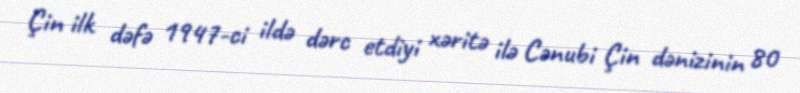
Çin ilk dəfə 1947-ci ildə dərc etdiyi xəritə ilə Cənubi Çin dənizinin 80